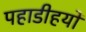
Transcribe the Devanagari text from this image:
पहाडीहयों